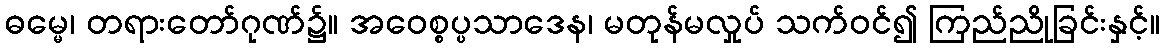
ဓမ္မေ၊ တရားတော်ဂုဏ်၌။ အဝေစ္စပ္ပသာဒေန၊ မတုန်မလှုပ် သက်ဝင်၍ ကြည်ညိုခြင်းနှင့်။